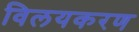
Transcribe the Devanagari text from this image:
विलयकरण